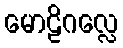
မောဠိဂလ္လေ